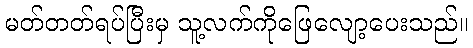
မတ်တတ်ရပ်ပြီးမှ သူ့လက်ကိုဖြေလျော့ပေးသည်။